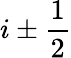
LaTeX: i\pm{\frac{1}{2}}